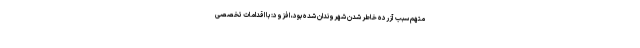
متهم سبب آزرده خاطر شدن شهروندان شده بود، افزود: با اقدامات تخصصی